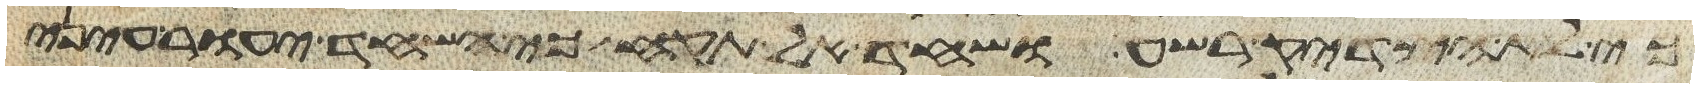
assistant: כי לא הצדיק רשע ושחד אל תקח כי השחד יעור עיני